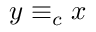
y \equiv _ { c } x